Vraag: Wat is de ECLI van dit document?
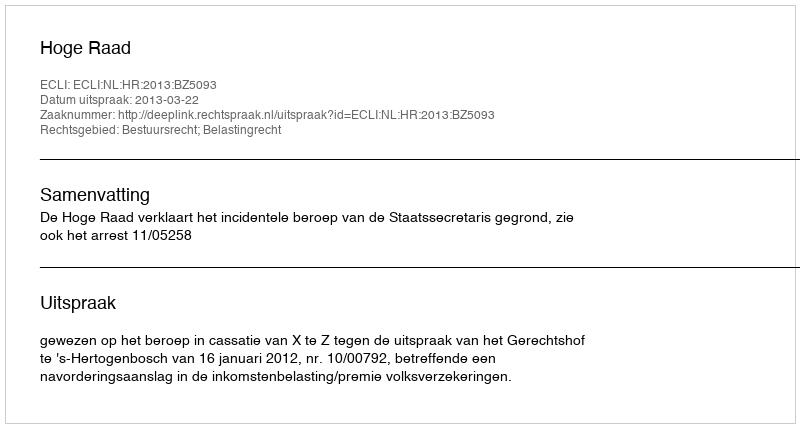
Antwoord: ECLI:NL:HR:2013:BZ5093